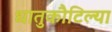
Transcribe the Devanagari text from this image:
धातुकौटिल्या